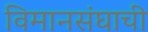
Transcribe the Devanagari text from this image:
विमानसंघाची